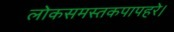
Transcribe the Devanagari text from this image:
लोकसमस्तकपापहरे।